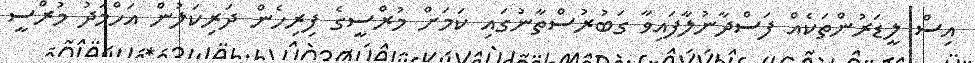
އިސް ލީޑަރުންތަކެއް ފަސްދާނުލާފައިވާ ގަބުރުސްތާނުގައި ކަމަށް މުރްސީގެ ފިރިހެން ދަރިކަލުން އަހްމަދު މުރްސީ